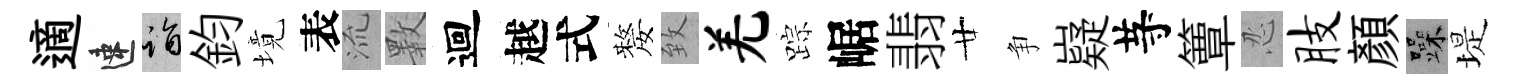
適速诣鈞境表𣴑斁迴越式嫠致羌踪崌翡廿争嶷䒭簟忍肢顏躁堤